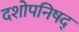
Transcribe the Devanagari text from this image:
दशोपनिषद्